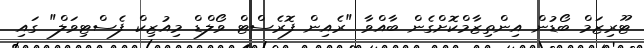
ޓޫރިޒަމް ބޯޑުން އިންތިޒާމްކޮށްގެން ބާއްވާ "ރެއިން ފޮރެސްޓް ވޯލްޑް މިއުޒިކް ފެސްޓިވަލް" ގައި